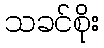
သခင်စိုး